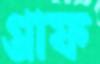
গ্রাফ